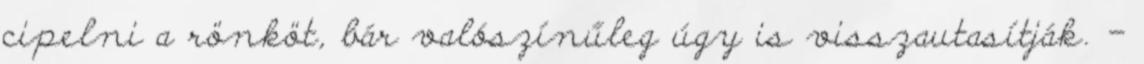
cipelni a rönköt, bár valószínűleg úgy is visszautasítják. -